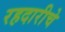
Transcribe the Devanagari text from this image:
रहदारीचे